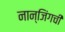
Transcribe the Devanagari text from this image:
नान्जिंगची